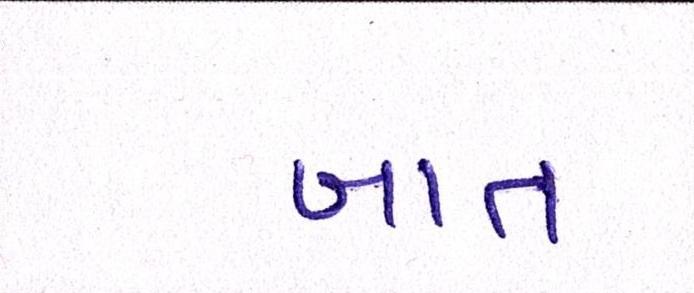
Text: બાત